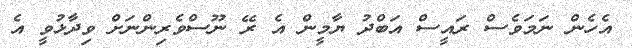
އެހެން ނަމަވެސް ރައީސް އަބްދު ޔާމީން އެ ރޭ ނޫސްވެރިންނަށް ވިދާޅުވީ އެ